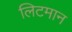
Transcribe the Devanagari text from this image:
लिटमान